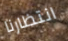
انتظارنا